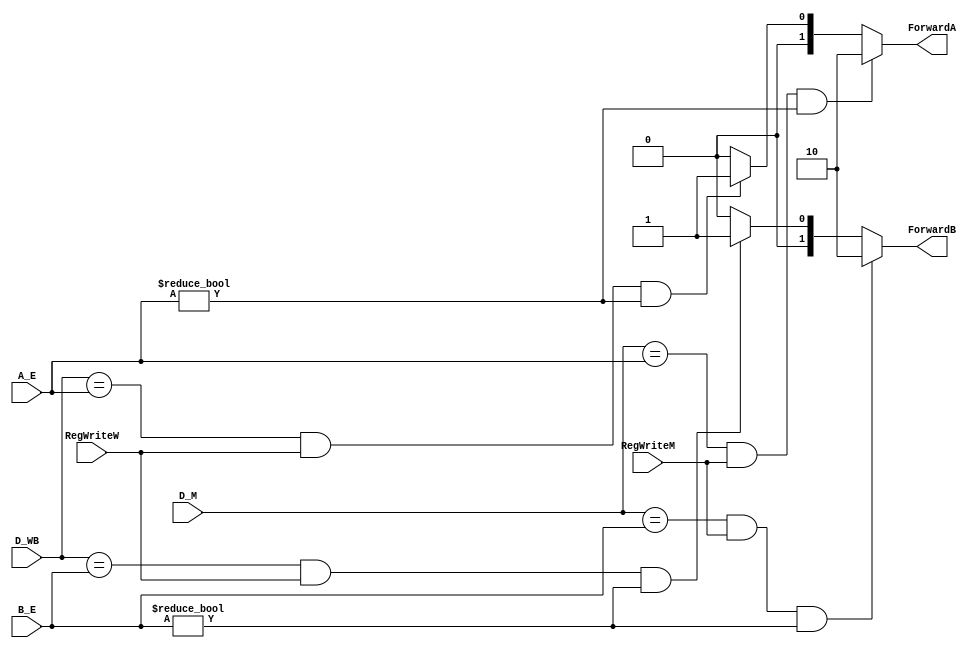
module Forwarding (
    input [4:0] A_E,
    input [4:0] B_E,
    input [4:0] D_M,
    input RegWriteM,
    input [4:0] D_WB,
    input RegWriteW,
    output reg [1:0] ForwardA,
    output reg [1:0] ForwardB,
);
// reg [4:0] oldA_E;
// reg [4:0] oldB_E;
always @(*) begin
    if ((D_M == A_E) && (RegWriteM) && (A_E != 0)) begin
        #1 ForwardA = 2'b10;
    end else if ((D_WB == A_E) && (RegWriteW) && (A_E != 0)) begin
        #1 ForwardA = 2'b01;
    end else begin
        #1 ForwardA = 2'b00;
    end
    if ((D_M == B_E) && (RegWriteM) && (B_E != 0)) begin
        #1 ForwardB = 2'b10;
    end else if ((D_WB == B_E) && (RegWriteW) && (B_E != 0)) begin
        #1 ForwardB = 2'b01;
    end else begin
        #1 ForwardB = 2'b00;
    end
end
endmodule
module Stall (
    input ResultSrcE_0,
    input [4:0] A_E,
    input [4:0] B_E,
    input [4:0] D_E,
    output lwStall
);
assign lwStall = ResultSrcE_0 & ((A_E == D_E) | (B_E == D_E));    
endmodule
module HazardUnit (
    input [4:0] A_E,
    input [4:0] B_E,
    input [4:0] D_M,
    input RegWriteM,
    input [4:0] D_E,
    input [4:0] D_WB,
    input RegWriteW,
    input ResultSrcE_0,
    input PCSrcE,
    output [1:0] ForwardA,
    output [1:0] ForwardB,
    output reg StallF,
    output reg StallD,
    output reg FlushD,
    output reg FlushE
);
wire lwStall;
Forwarding forward(
    .A_E(A_E),
    .B_E(B_E),
    .D_M(D_M),
    .RegWriteM(RegWriteM),
    .D_WB(D_WB),
    .RegWriteW(RegWriteW),
    .ForwardA(ForwardA),
    .ForwardB(ForwardB)
);
Stall stall(
    .ResultSrcE_0(ResultSrcE_0),
    .A_E(A_E),
    .B_E(B_E),
    .D_E(D_E),
    .lwStall(lwStall)
);
assign StallF = lwStall;
assign StallD = lwStall;
assign FlushD = PCSrcE;
assign FlushE = PCSrcE | lwStall;

endmodule